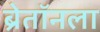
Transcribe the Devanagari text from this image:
ब्रेतॉनला